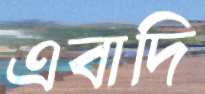
এবাদি